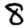
Digit: 8